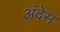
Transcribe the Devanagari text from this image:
अंदेस